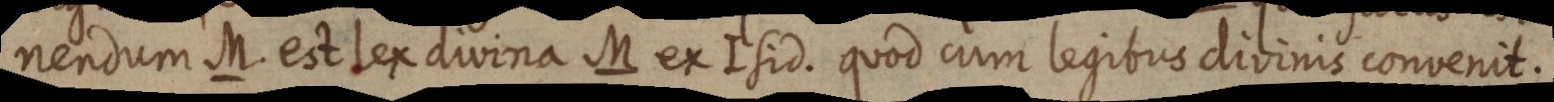
nendum M. est lex divina M ex Isid. quod cum legibus divinis convenit.